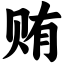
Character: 贿